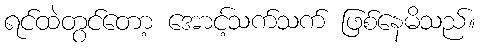
ရင်ထဲတွင်တော့ အောင့်သက်သက် ဖြစ်နေမိသည်။